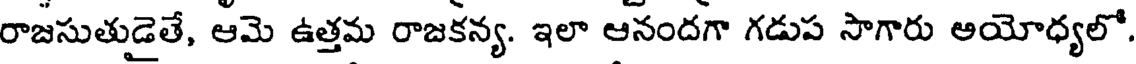
రాజసుతుడైతే, ఆమె ఉత్తమ రాజకన్య. ఇలా ఆనందగా గడుప సాగారు ఆయోధ్యలో